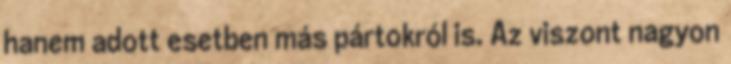
hanem adott esetben más pártokról is. Az viszont nagyon